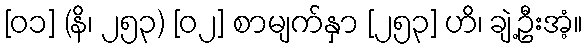
[၀၁] (နိ၊ ၂၅၃) [၀၂] စာမျက်နှာ [၂၅၃] ဟိ၊ ချဲ့ဦးအံ့။